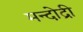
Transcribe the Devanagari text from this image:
मन्दोद्री